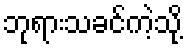
ဘုရားသခင်ကဲ့သို့